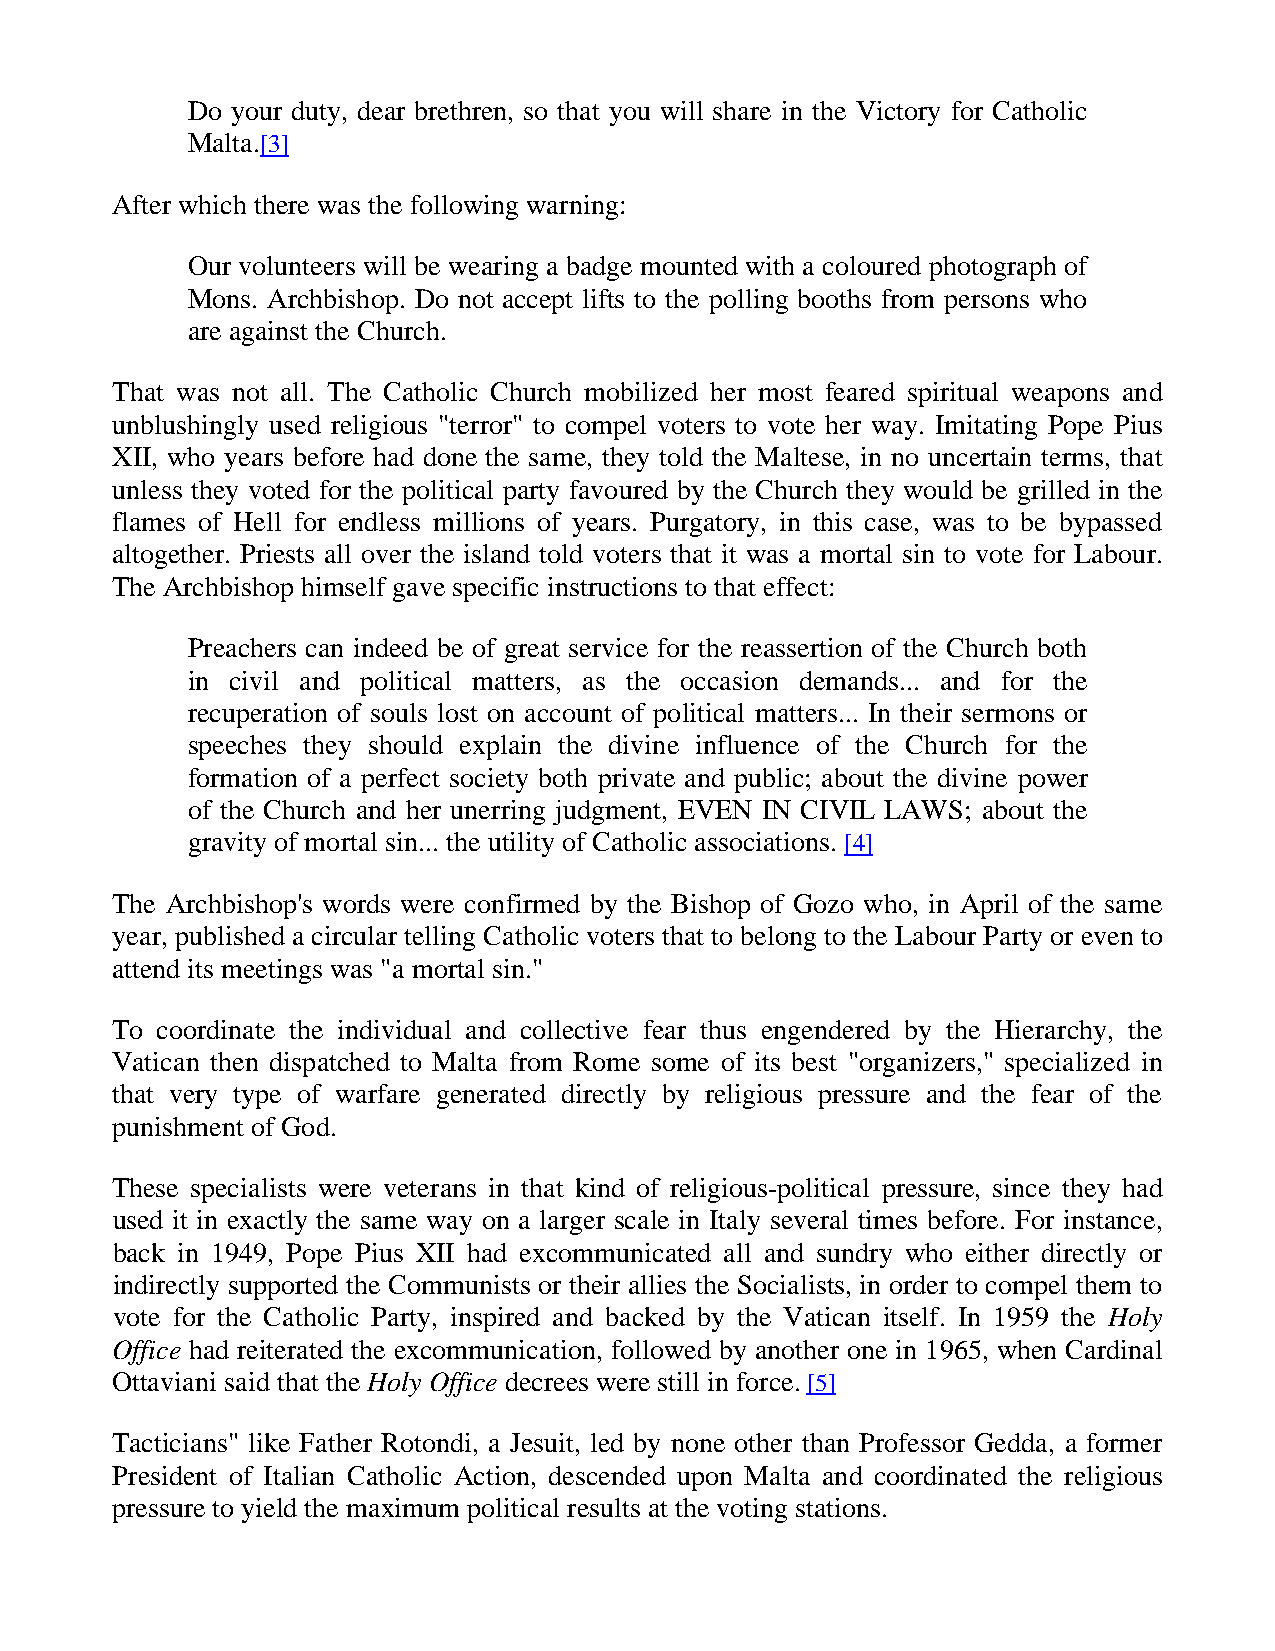
Do your duty, dear brethren, so that you will share in the Victory for Catholic
 Malta.[3]
 After which there was the following warning:
 Our volunteers will be wearing a badge mounted with a coloured photograph of
 Mons. Archbishop. Do not accept lifts to the polling booths from persons who
 are against the Church.
 That was not all. The Catholic Church mobilized her most feared spiritual weapons and
 unblushingly used religious "terror" to compel voters to vote her way. Imitating Pope Pius
 XII, who years before had done the same, they told the Maltese, in no uncertain terms, that
 unless they voted for the political party favoured by the Church they would be grilled in the
 flames of Hell for endless millions of years. Purgatory, in this case, was to be bypassed
 altogether. Priests all over the island told voters that it was a mortal sin to vote for Labour.
 The Archbishop himself gave specific instructions to that effect:
 Preachers can indeed be of great service for the reassertion of the Church both
 in civil and political matters, as the occasion demands... and for the
 recuperation of souls lost on account of political matters... In their sermons or
 speeches they should explain the divine influence of the Church for the
 formation of a perfect society both private and public; about the divine power
 of the Church and her unerring judgment, EVEN IN CIVIL LAWS; about the
 gravity of mortal sin... the utility of Catholic associations. [4]
 The Archbishop's words were confirmed by the Bishop of Gozo who, in April of the same
 year, published a circular telling Catholic voters that to belong to the Labour Party or even to
 attend its meetings was "a mortal sin."
 To coordinate the individual and collective fear thus engendered by the Hierarchy, the
 Vatican then dispatched to Malta from Rome some of its best "organizers," specialized in
 that very type of warfare generated directly by religious pressure and the fear of the
 punishment of God.
 These specialists were veterans in that kind of religious-political pressure, since they had
 used it in exactly the same way on a larger scale in Italy several times before. For instance,
 back in 1949, Pope Pius XII had excommunicated all and sundry who either directly or
 indirectly supported the Communists or their allies the Socialists, in order to compel them to
 vote for the Catholic Party, inspired and backed by the Vatican itself. In 1959 the Holy
 Office had reiterated the excommunication, followed by another one in 1965, when Cardinal
 Ottaviani said that the Holy Office decrees were still in force. [5]
 Tacticians" like Father Rotondi, a Jesuit, led by none other than Professor Gedda, a former
 President of Italian Catholic Action, descended upon Malta and coordinated the religious
 pressure to yield the maximum political results at the voting stations.